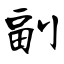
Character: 副